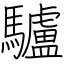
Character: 驢